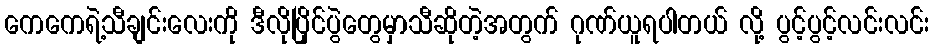
ကေကေရဲ့သီချင်းလေးကို ဒီလိုပြိုင်ပွဲတွေမှာသီဆိုတဲ့အတွက် ဂုဏ်ယူရပါတယ် လို့ ပွင့်ပွင့်လင်းလင်း